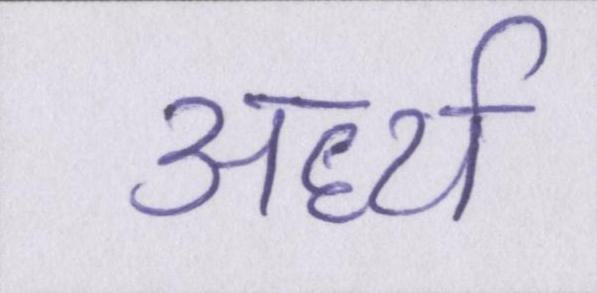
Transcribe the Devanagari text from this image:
अर्ध्य